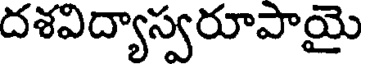
దశవిద్యాస్వరూపాయై